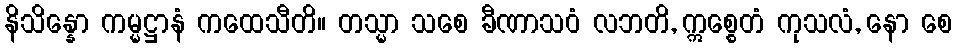
နိသိန္နော ကမ္မဋ္ဌာနံ ကထေသီတိ။ တသ္မာ သစေ ခီဏာသဝံ လဘတိ, ဣစ္စေတံ ကုသလံ, နော စေ